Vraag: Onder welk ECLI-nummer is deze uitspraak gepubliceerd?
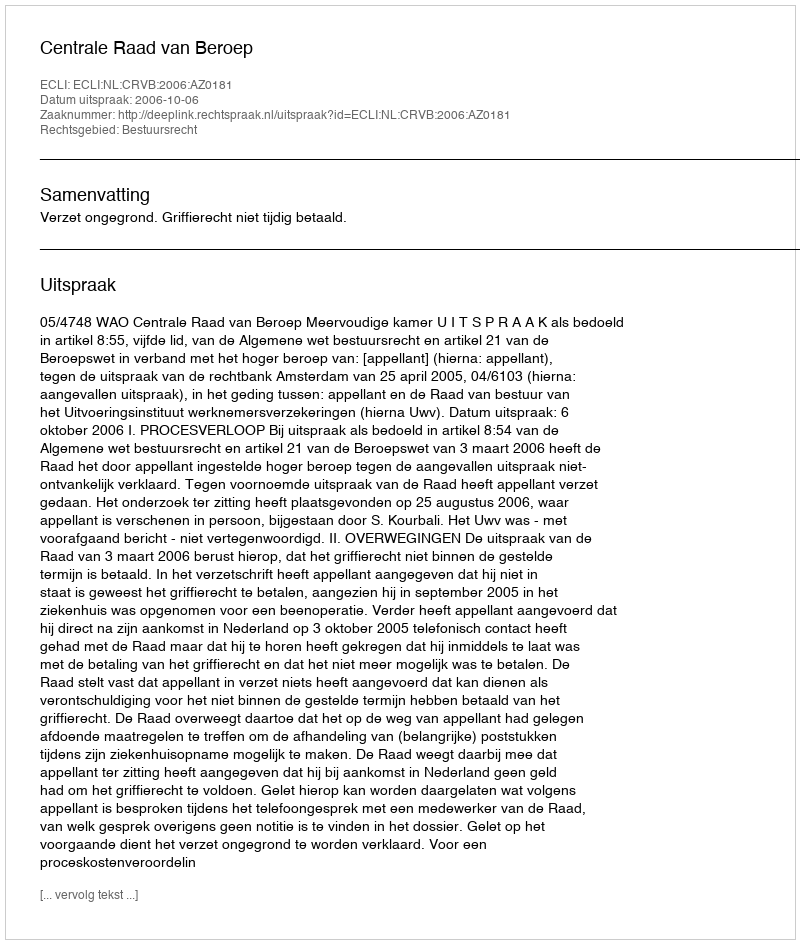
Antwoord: ECLI:NL:CRVB:2006:AZ0181